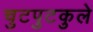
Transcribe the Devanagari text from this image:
चुटपुटकुले